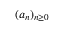
\textstyle ( a _ { n } ) _ { n \geq 0 }